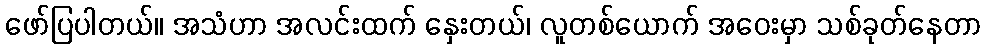
ဖော်ပြပါတယ်။ အသံဟာ အလင်းထက် နှေးတယ်၊ လူတစ်ယောက် အဝေးမှာ သစ်ခုတ်နေတာ